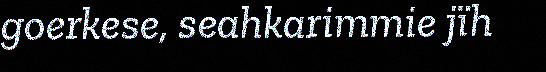
goerkese, seahkarimmie jïh